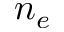
n _ { e }